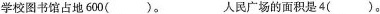
学校图书馆占地600（）。人民广场的面积是4（）。